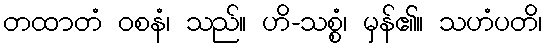
တထာတံ ဝစနံ၊ သည်။ ဟိ-သစ္စံ၊ မှန်၏။ သဟံပတိ၊